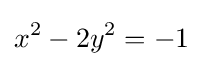
x^{2}-2y^{2}=-1